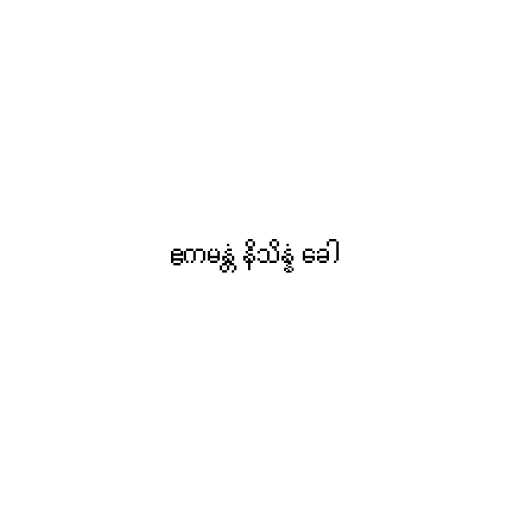
ဧကမန္တံ နိသိန္နံ ခေါ